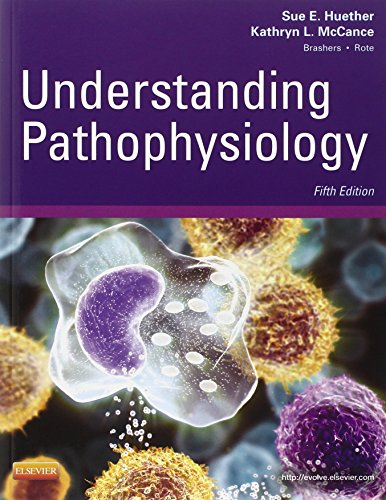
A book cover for Understanding Pathophysiology, 5e (Huether, Understanding Pathophysiology); Sue E. Huether RN  PhD; Medical Books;